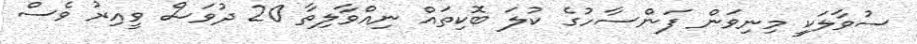
ސުވާލަކީ މިނިވަން ފަންސާހުގެ ކުލަ ބޮކިތައް ނިއްވާލިތާ 20 ދުވަސް ވީއިރު ވެސް